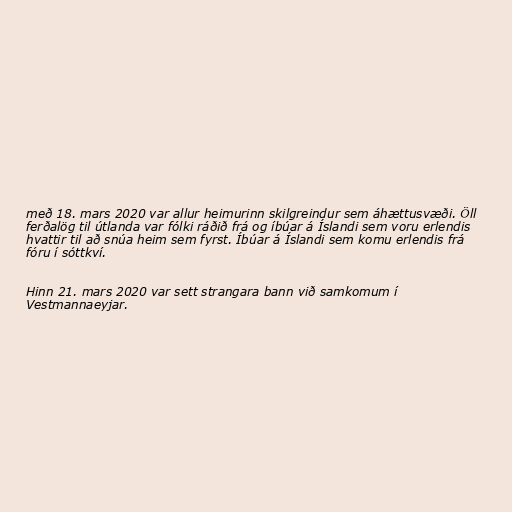
með 18. mars 2020 var allur heimurinn skilgreindur sem áhættusvæði. Öll
ferðalög til útlanda var fólki ráðið frá og íbúar á Íslandi sem voru erlendis
hvattir til að snúa heim sem fyrst. Íbúar á Íslandi sem komu erlendis frá
fóru í sóttkví.

Hinn 21. mars 2020 var sett strangara bann við samkomum í
Vestmannaeyjar.